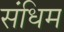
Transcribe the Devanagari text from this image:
संधिम